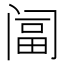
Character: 𨸆